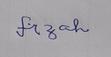
Signature authenticity: forged